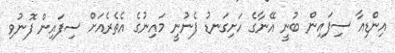
އިންޑިއާ ސިފައިން ބުނީ އޭނާގެ ހަށިގަނޑު ފެނުނީ މައިނުގެ އެތެރެއަށް ސިފައިން ފޮނުވި